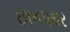
છાનપથર